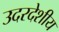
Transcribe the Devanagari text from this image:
उदरदेशीय